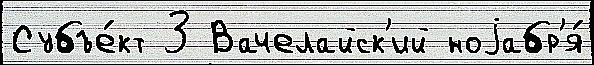
Субъе́кт 3 Вачелайск'ий ноjабр'я́